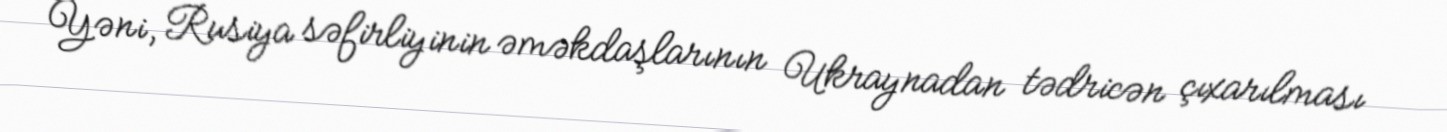
Yəni, Rusiya səfirliyinin əməkdaşlarının Ukraynadan tədricən çıxarılması